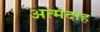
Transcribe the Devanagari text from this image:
अत्मदाह